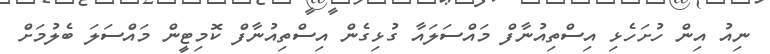
ނިއު އިން ހުށަހެޅި އިސްތިއުނާފް މައްސަލައާ ގުޅިގެން އިސްތިއުނާފް ކޮމިޓީން މައްސަލަ ބެލުމަށް